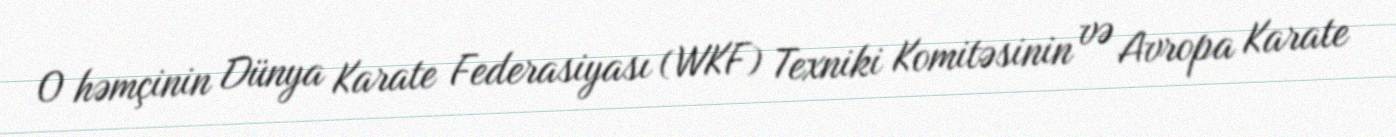
O həmçinin Dünya Karate Federasiyası (WKF) Texniki Komitəsinin və Avropa Karate